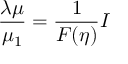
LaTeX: { \frac { \lambda \mu } { \mu _ { 1 } } } = { \frac { 1 } { F ( \eta ) } } I